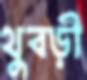
থুবড়ী